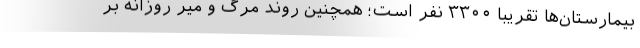
بیمارستان‌ها تقریبا ۳۳۰۰ نفر است؛ همچنین روند مرگ و میر روزانه بر